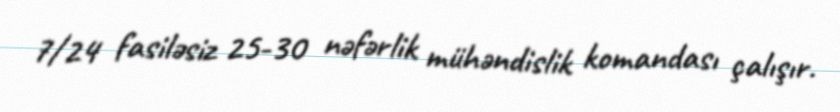
7/24 fasiləsiz 25-30 nəfərlik mühəndislik komandası çalışır.